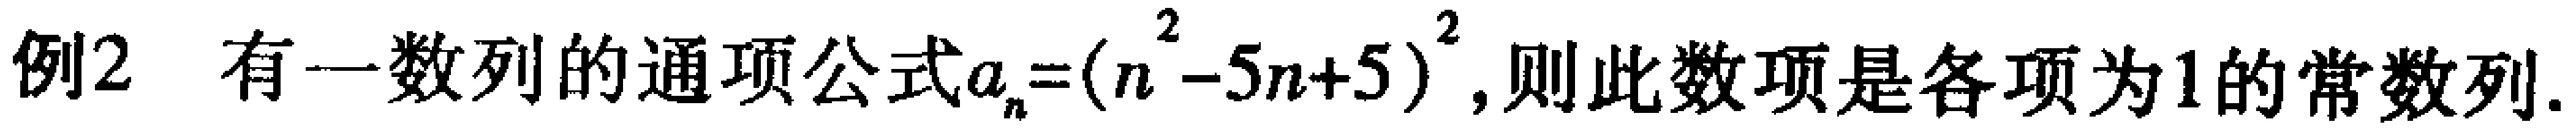
例2 有一数列的通项公式$a_{n}=(n^{2}-5n + 5)^{2}$, 则此数项是各项为1的常数列.